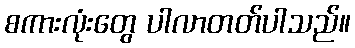
စကားလုံးတွေ ပါလာတတ်ပါသည်။